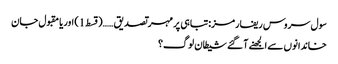
سول سروس ریفارمز:تباہی پر مہر تصدیق ……(قسط 1) اوریا مقبول جان
خاندانوں سے الجھنے آ گئے شیطان لوگ؟